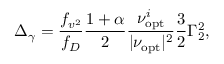
\Delta _ { \gamma } = \frac { f _ { v ^ { 2 } } } { f _ { D } } \frac { 1 + \alpha } { 2 } \frac { \nu _ { \mathrm { o p t } } ^ { i } } { | \nu _ { \mathrm { o p t } } | ^ { 2 } } \frac { 3 } { 2 } \Gamma _ { 2 } ^ { 2 } ,